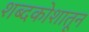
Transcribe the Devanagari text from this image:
शब्दकोशातून